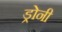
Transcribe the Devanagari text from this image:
ड्रोनी